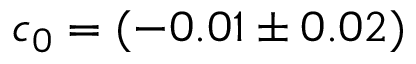
c _ { 0 } = ( - 0 . 0 1 \pm 0 . 0 2 )